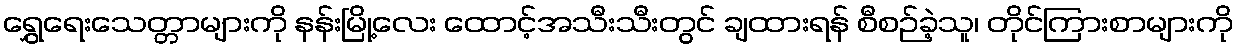
ရွှေရေးသေတ္တာများကို နန်းမြို့လေး ထောင့်အသီးသီးတွင် ချထားရန် စီစဉ်ခဲ့သူ၊ တိုင်ကြားစာများကို